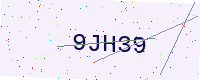
Text: 9JH39